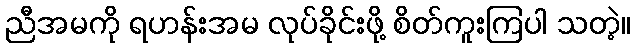
ညီအမကို ရဟန်းအမ လုပ်ခိုင်းဖို့ စိတ်ကူးကြပါ သတဲ့။